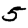
Digit: 5